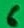
Text: 6